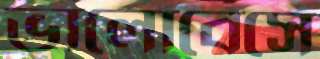
ভালোবেসে